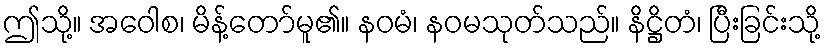
ဤသို့။ အဝေါစ၊ မိန့်တော်မူ၏။ နဝမံ၊ နဝမသုတ်သည်။ နိဋ္ဌိတံ၊ ပြီးခြင်းသို့